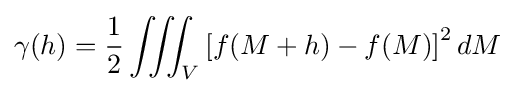
\gamma (h)={\frac {1}{2}}\iiint _{V}\left[f(M+h)-f(M)\right]^{2}dM